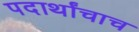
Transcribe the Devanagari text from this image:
पदार्थांचाच